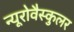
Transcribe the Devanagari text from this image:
न्यूरोवैस्कुलर